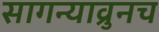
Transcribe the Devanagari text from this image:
सागन्याव्रुनच